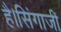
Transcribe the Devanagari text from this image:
है।सिंगाजी